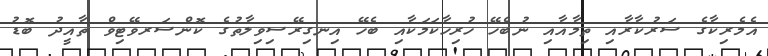
އެމެރިކާގެ ސަރުކާރާއި ތިމާއާއި ނުބެހޭ ހުރިހާކަމަކާއި ބެހޭ އިނގިރޭސިވިލާތުގެ ކޮންސަރވޭޓިވް ތާއީދު ބޮޑު